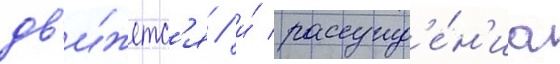
дв'и́жетс'я / и́ рассужд'е́н'иа